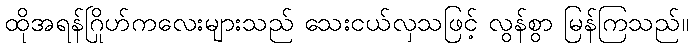
ထိုအရန်ဂြိုဟ်ကလေးများသည် သေးငယ်လှသဖြင့် လွန်စွာ မြန်ကြသည်။